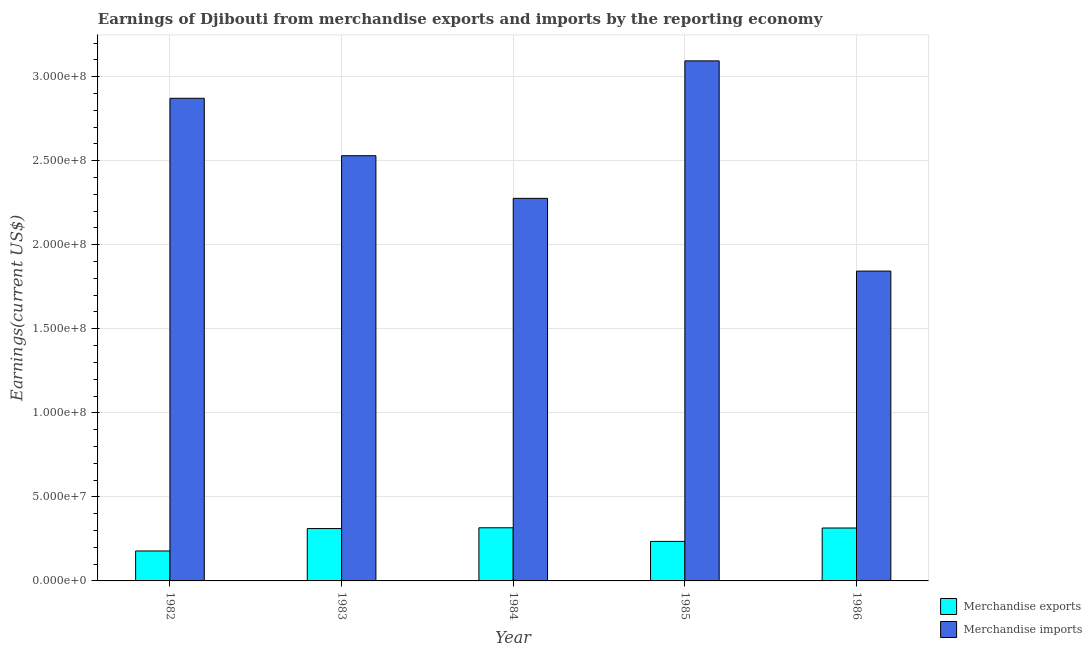
| Year | Merchandise exports | Merchandise imports |
 | --- | --- | --- |
 | 1982 | 1.78e+07 | 2.87e+08 |
 | 1983 | 3.12e+07 | 2.53e+08 |
 | 1984 | 3.16e+07 | 2.28e+08 |
 | 1985 | 2.35e+07 | 3.09e+08 |
 | 1986 | 3.15e+07 | 1.84e+08 |